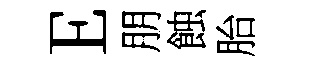
E朋蝕胎